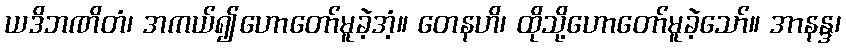
ယဒိဘဏိတံ၊ အကယ်၍ဟောတော်မူခဲ့အံ့။ တေနဟိ၊ ထိုသို့ဟောတော်မူခဲ့သော်။ အာနန္ဒ၊